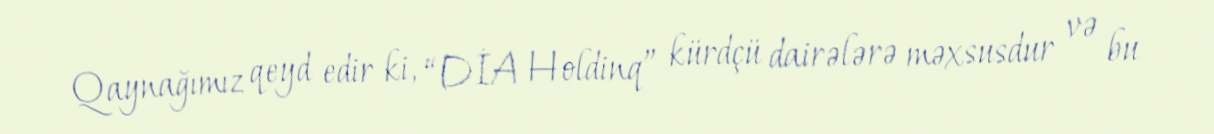
Qaynağımız qeyd edir ki, “DİA Holdinq” kürdçü dairələrə məxsusdur və bu